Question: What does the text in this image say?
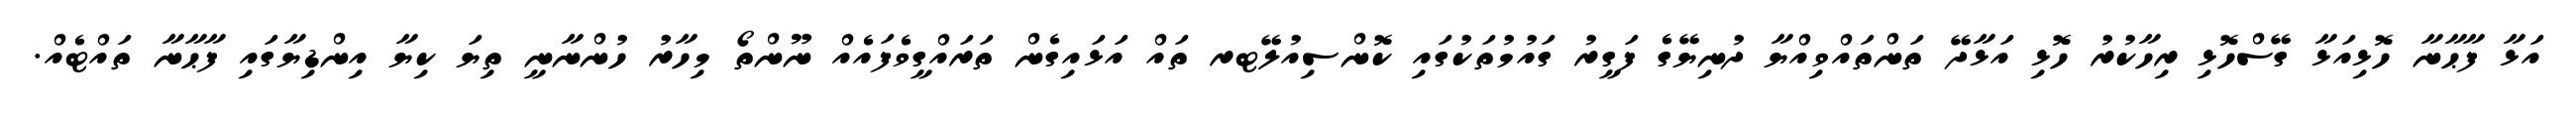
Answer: އަޅާ ފާޙާނާ ހޮޅިއަޅާ ގޭސްހޮޅި ރިހާކުރު ހޮޅި އަޅާދޭ ތަންތައްވިއްޔާ ދުނިޔޭގެ ފަގީރު ގައުމުތަކުގައި ކޮންސިއުލޭޓރ ތައް އަޅައިގެން ތަރައްގީވެފައެއް ނޫންތޯ މިހާރު ހުންނާނީ ތިޔަ ކިޔާ އިންޑިޔާގައި ފާޙާނާ ތައްޓެއް.